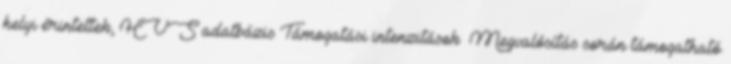
helyi érintettek, HVS adatbázis Támogatási intenzitások ▪Megvalósítás során támogatható